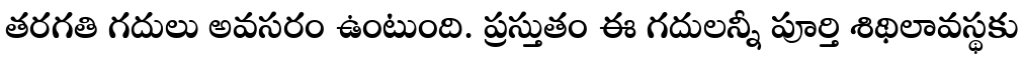
తరగతి గదులు అవసరం ఉంటుంది. ప్రస్తుతం ఈ గదులన్నీ పూర్తి శిథిలావస్థకు